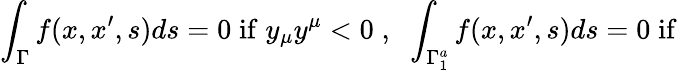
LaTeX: \int_{\Gamma}f(x,x^{\prime},s)ds=0\; \mathrm{if}\; y_{\mu}y^{\mu}<0\; ,\; \; \int_{\Gamma_{1}^{a}}f(x,x^{\prime},s)ds=0\; \mathrm{if}